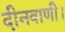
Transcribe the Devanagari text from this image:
दीनवाणी।